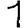
Digit: 1